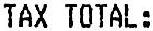
TAX TOTAL: